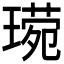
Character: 𬎈